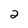
Character: 2